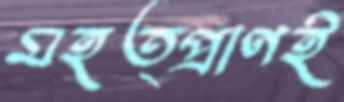
মহত্প্রাণই